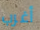
أغرب